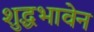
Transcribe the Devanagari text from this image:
शुद्धभावेन